Vaccination report Assam 1874-1896 - 1874-1896
Year: 1874
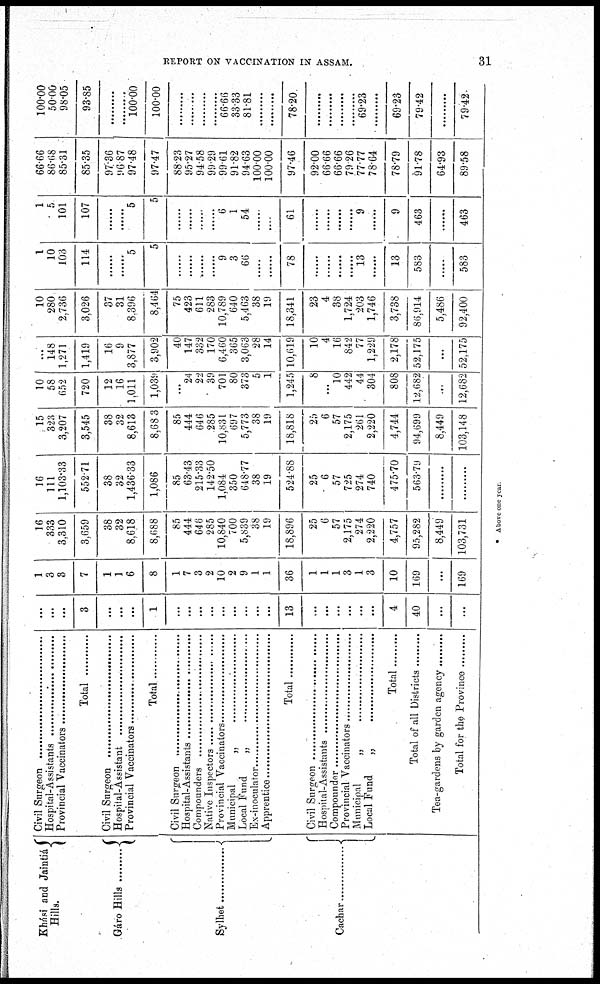
REPORT ON VACCINATION IN ASSAM.
31
Khási and Jaintiá
Hills.
Gáro Hills ..............
Sylhet .........
Cachar ..............
Civil Surgeon ................
Hospital-Assistants ...............
Provincial Vaccinators ..............
Total
Civil Surgeon ......................
Hospital-Assistant
Provincial Vaccinators ................
Total
Civil Surgeon .................
Hospital-Assistants .....................
Compounders ....................
Native Inspectors ....................
Provincial Vaccinators ..............
Municipal „ ........................
Local Fund „ .....................
Ex-inoculator ......................
Apprentice .....................
Total
Civil Surgeon ..................
Hospital-Assistants ................
Compounder ...................
Provincial Vacciantors ..............
Municipal „ ....................
Local Fund „ ................
Total ..............
Total of all Districts ...........
Tea-gardens by garden agency ..........
Total for the Province .............
...
...
...
3
...
...
...
1
...
...
...
...
...
...
...
...
...
13
...
...
...
...
...
...
4
40
...
...
1
3
3
7
1
1
6
8
1
7
3
2
10
2
9
1
1
36
1
1
1
3
1
3
10
169
...
169
16
333
3,310
3,659
38
32
8,618
8,688
85
444
646
285
10,840
700
5,839
38
19
18,896
25
6
57
2,175
274
2,220
4,757
95,282
8,449
103,731
16
111
1,103.33
552.71
38
32
1,436.33
1,086
85
63.43
215.33
142.50
1,084
350
648.77
38
19
524.88
25
6
57
725
274
740
475.70
563.79
.........
.........
15
323
3,207
3,545
38
32
8,613
8,683
85
444
646
285
10,831
697
5,773
38
19
18,818
25
6
57
2,175
261
2,220
4,744
94,699
8,449
103,148
10
58
652
720
12
16
1,011
1,039
...
24
22
39
701
80
373
5
1
1,245
8
...
10
442
44
304
808
12,682
...
12,682
...
148
1,271
1,419
16
9
3,877
3,902
40
147
332
170
6,460
365
3,063
28
14
10,619
10
4
16
842
77
1,229
2,178
52,175
...
52,175
10
280
2,736
3,026
37
31
8,396
8,464
75
423
611
283
10,789
640
5,463
38
19
18,341
23
4
38
1,724
203
1,746
3,738
86,914
5,486
92,400
1
10
103
114
......
......
5
5
......
......
......
......
9
3
66
......
......
78
......
......
......
......
13
......
13
583
......
583
1
5
101
107
......
......
5
5
......
......
......
......
6
1
54
......
......
61
......
......
......
......
9
......
9
463
......
463
66.66
86.68
85.31
85.35
97.36
96.87
97.48
97.47
88.23
95.27
94.58
99.29
99.61
91.82
94.63
100.00
100.00
97.46
92.00
66.66
66.66
79.26
77.77
78.64
78.79
91.78
64.93
89.58
100.00
50.00
98.05
93.85
.........
.........
100.00
100.00
.........
.........
.........
.........
66.66
33.33
81.81
.........
.........
78.20
.........
.........
.........
.........
69.23
.........
69.23
79.42
.........
79.42
* Above one year.